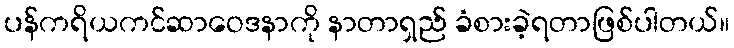
ပန်ကရိယကင်ဆာဝေဒနာကို နာတာရှည် ခံစားခဲ့ရတာဖြစ်ပါတယ်။